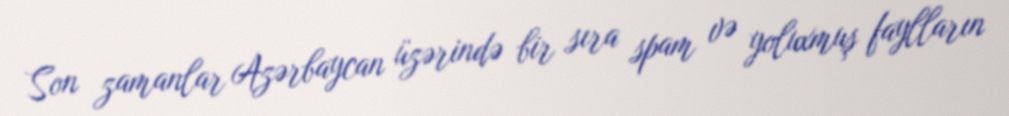
Son zamanlar Azərbaycan üzərində bir sıra spam və yoluxmuş faylların